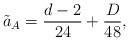
\begin{align*}\tilde{a}_A = \frac{d-2}{24} + \frac{D}{48},\end{align*}